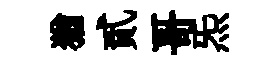
猶貳哥炁